Vaccine operations Central Provinces & Berar 1912-1920 - 1912-1920
Year: 1912
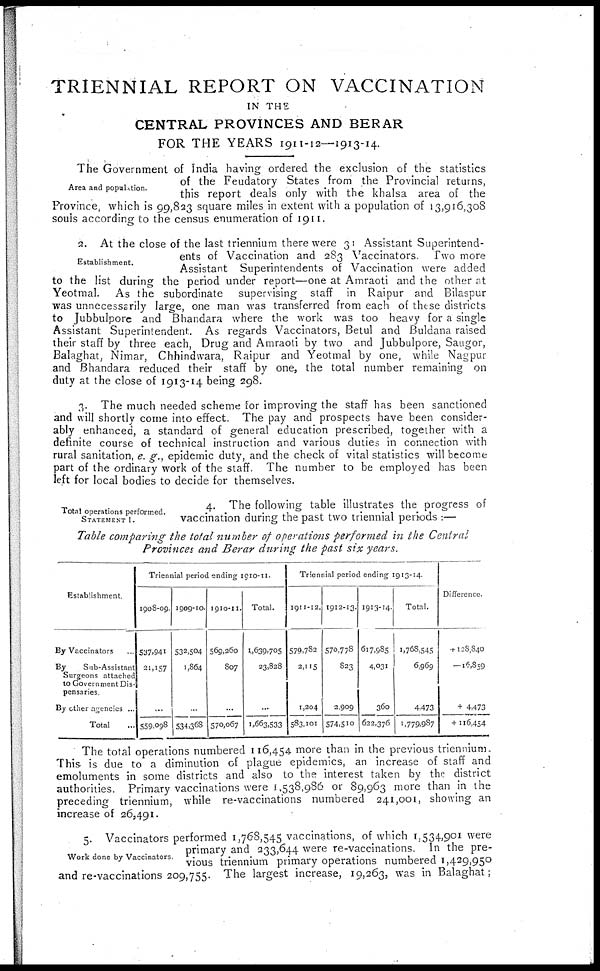
TRIENNIAL REPORT ON VACCINATION
IN THE
CENTRAL PROVINCES AND BERAR
FOR THE YEARS 1911-12—1913-14.
Area and population.
The Government of India having ordered the exclusion of the statistics
of the Feudatory States from the Provincial returns,
this report deals only with the khalsa area of the
Province, which is 99,823 square miles in extent with a population of 13,916,308
souls according to the census enumeration of 1911.
Establishment.
2. At the close of the last triennium there were 31 Assistant Superintend-
ents of Vaccination and 283 Vaccinators. Two more
Assistant Superintendents of Vaccination were added
to the list during the period under report—one at Amraoti and the other at
Yeotmal. As the subordinate supervising staff in Raipur and Bilaspur
was unnecessarily large, one man was transferred from each of these districts
to Jubbulpore and Bhandara where the work was too heavy for a single
Assistant Superintendent. As regards Vaccinators, Betul and Buldana raised
their staff by three each, Drug and Amraoti by two and Jubbulpore, Saugor,
Balaghat, Nimar, Chhindwara, Raipur and Yeotmal by one, while Nagpur
and Bhandara reduced their staff by one, the total number remaining on
duty at the close of 1913-14 being 298.
3. The much needed scheme for improving the staff has been sanctioned
and will shortly come into effect. The pay and prospects have been consider-
ably enhanced, a standard of general education prescribed, together with a
definite course of technical instruction and various duties in connection with
rural sanitation, e. g., epidemic duty, and the check of vital statistics will become
part of the ordinary work of the staff. The number to be employed has been
left for local bodies to decide for themselves.
Total operations performed.
STATEMENT I.
4. The following table illustrates the progress of
vaccination during the past two triennial periods :—
Table comparing the total number of operations performed in the Central
Provinces and Berar during the past six years.
Establishment.
By Vaccinators ...
By
Sub-Assistant
Surgeons attached
to Government Dis-
pensaries.
By other agencies ...
Total
Triennial period ending 1910-11.
1908-09.
537,941
21,157
...
559,098
1909-10.
532,504
1,864
...
534,368
1910-11.
569,260
807
...
570,067
Total.
1,639,705
23,828
...
1,663,533
Triennial period ending 1913-14.
1911-12.
379,782
2,115
1,204
583,101
1912-13.
570,778
823
2,909
574,510
1913-14.
617,985
4,031
360
622,376
Total.
1,768,545
6,969
4,473
1,779,987
Difference.
+ 128,840
—16,859
+ 4,473
+ 116,454
The total operations numbered 116,454 more than in the previous triennium.
This is due to a diminution of plague epidemics, an increase of staff and
emoluments in some districts and also to the interest taken by the district
authorities. Primary vaccinations were 1,538,986 or 89,963 more than in the
preceding triennium, while re-vaccinations numbered 241,001, showing an
increase of 26,491.
Work done by Vaccinators.
5. Vaccinators performed 1,768,545 vaccinations, of which 1,534,901 were
primary and 233,644 were re-vaccinations. In the pre-
vious triennium primary operations numbered 1,429,950
and re-vaccinations 209,755. The largest increase, 19,263, was in Balaghat;